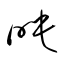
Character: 映